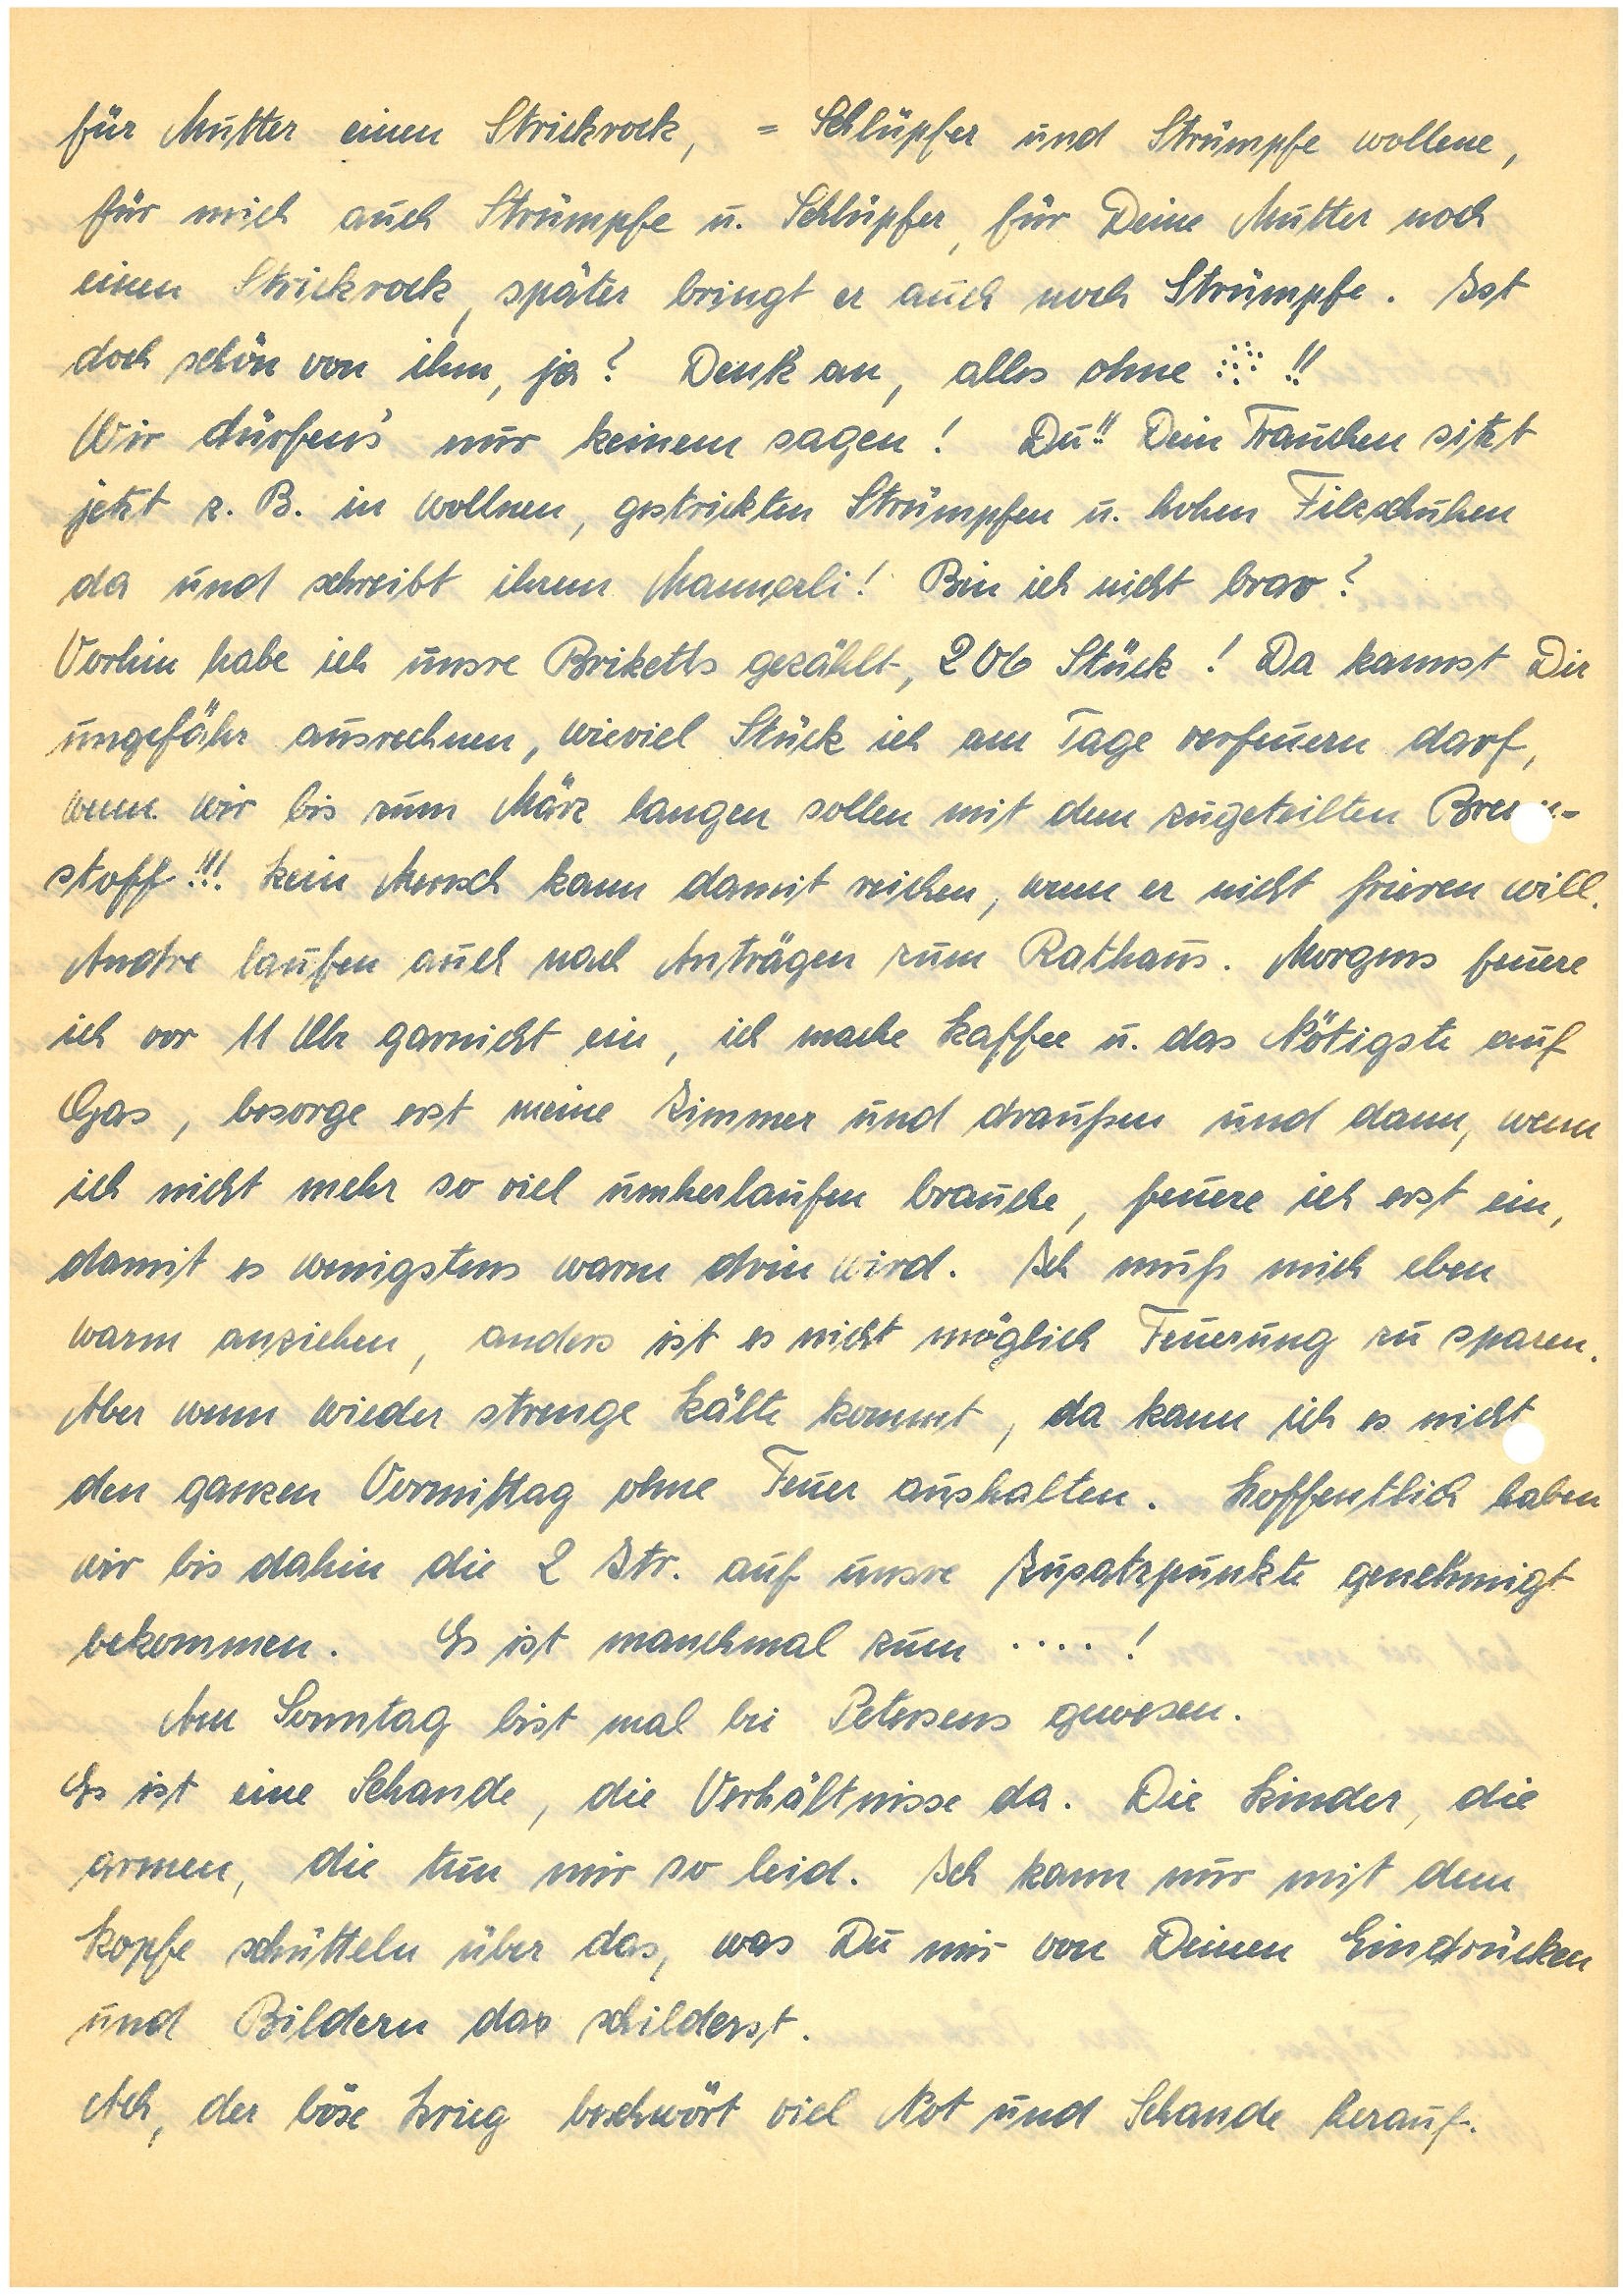
für Mutter einen Strickrock, -Schlüpfer und Strümpfe wollene,
für mich auch Strümpfe u Schlüpfer, für Deine Mutter noch
einen Strickrock, später bringt er auch noch Strümpfe. Ist
doch schön von ihm, ja? Denk an, alles ohne :::!!
Wir nur dürfen´s nur keinem sagen! Du!! Dein Frauchen sitzt
jetzt z B in wollnen, gestrickten Strümpfen u hohen Filzschuhen
da und schreibt ihrem Mannerli! Bin ich nicht brav?
Vorhin habe ich unsre Briketts gezählt, 206 Stück! Da kannst Dir
ungefähr ausrechnen, wieviel Stück ich am Tage verfeuern darf,
wenn wir bis zum März langen sollen mit dem zugeteilten Brenn¬
stoff!!! Kein Mensch kann damit reichen, wenn er nicht frieren will.
Andre laufen auch nach Anträgen zum Rathaus. Morgens feuere
ich vor 11 Uhr garnicht ein, ich mache Kaffee u das Nötigste auf
Gas, besorge erst meine Zimmer und draußen und dann, wenn
ich nicht mehr so viel umherlaufen brauche, feuere ich erst ein,
damit es wenigstens warm drin wird. Ich muß mich eben
warm anziehen, anders ist es nicht möglich Feuerung zu sparen.
Aber wenn wieder strenge Kälte kommt, da kann ich es nicht
den ganzen Vormittag ohne Feuer aushalten. Hoffentlich haben
wir bis dahin die 2 Z[en]t[e]r auf uns[e]re Zusatzpunkte genehmigt
bekommen. Es ist manchmal zum ….!
Am Sonntag bist mal bei P. gewesen.
Es ist eine Schande die Verhältnisse da. Die Kinder, die
armen, die tun mir so leid. Ich kann nur mit dem
Kopfe schütteln über das, was Du mir von Deinen Eindrücken
und Bildern das schilderst.
Ach, der böse Krieg beschwört viel Not und Schande herauf.